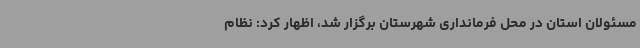
مسئولان استان در محل فرمانداری شهرستان برگزار شد، اظهار کرد: نظام